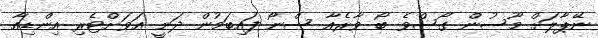
ނޭޕާލަށް މޫސުން ގޯސްވެ ބޯ ވާރެއާ ސްނޯ ފައިބަމުން ދަނީ އަވަށްޓެރި އިންޑިއާ